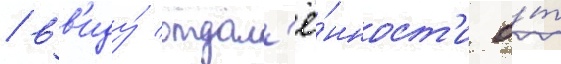
/ вв'иду́ отдал'ё́нност'и о́т